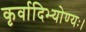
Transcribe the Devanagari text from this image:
कृर्वादिभ्योण्यः।